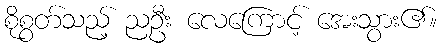
စိုစွတ်သည့် ညဦး လေကြောင့် အေးသွား၏။